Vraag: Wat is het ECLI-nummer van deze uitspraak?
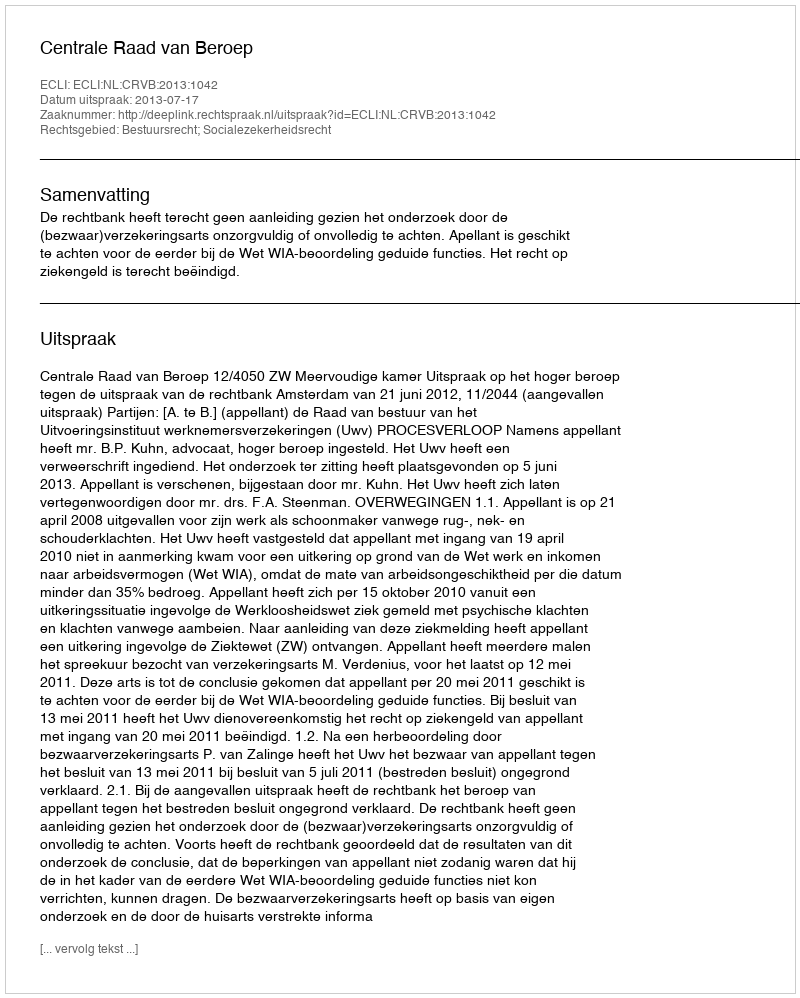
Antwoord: ECLI:NL:CRVB:2013:1042